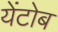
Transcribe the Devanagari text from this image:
येंटोब